Insane asylums in Bengal annual reports 1867-1875 - 1867-1875
Year: 1867
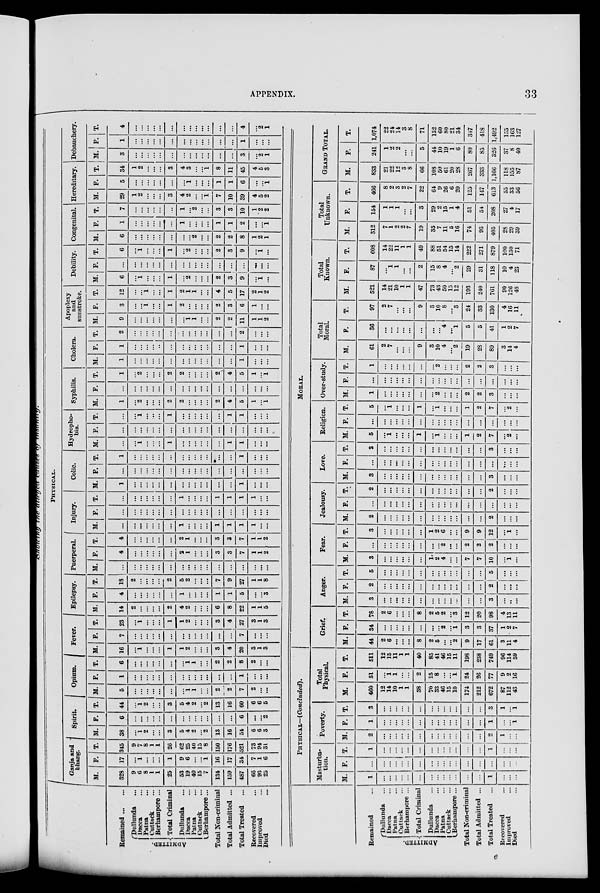
APPENDIX.
33
Showing the alleged
cause of
insanity.
Remained ... ...
ADMITTED.
Dullunda ...
Dacca ...
Patna ...
Cuttack ...
Berhampore ...
Total Criminal
Dullunda ...
Dacca ...
Patna ...
Cuttack ...
Berhampore ...
Total Non-criminal
Total Admitted ...
Total Treated ...
Recovered ...
Improved ...
Died ...
PHYSICAL.
Ganja and
bhang.
M.
328
9
6
8
1
1
25
53
19
40
15
7
134
159
487
66
93
25
F.
17
...
1
...
...
...
1
9
6
...
...
1
16
17
34
7
1
6
T.
345
9
7
8
1
1
26
62
25
40
15
8
150
176
521
73
94
31
Spirit.
M.
38
...
1 2
...
...
3
5
4
2
...
2
13
16
54
6
6
3
F.
6
...
...
...
...
...
...
...
...
...
...
...
...
...
6
...
...
2
T.
44
...
1 2
...
...
3
5
4
2
...
2
13
16
60
6
6
5
Opium.
M.
5
...
...
...
...
...
...
...
1 1
...
...
2
2
7
2
...
...
F.
1
...
...
...
...
...
...
...
...
...
...
...
...
...
1
...
...
...
T.
6
...
...
...
...
...
...
...
1
1
...
...
2
2
8
2
...
...
Fever.
M.
16
...
1
...
...
...
1
1
2
...
...
...
3
4
20
3
1
3
F.
7
...
...
...
...
...
...
...
...
...
...
...
...
...
7
...
...
...
T.
23
...
1
...
...
...
1
1
2
...
...
...
3
4
27
3
1
3
Epilepsy.
M.
14
2
...
...
...
...
2
4
2
...
...
...
6
8
22
1
1
5
F.
4
...
...
...
...
...
...
1
...
...
...
...
1
1
5
...
...
3
T.
18
2
...
...
...
...
2
5
2
...
...
...
7
9
27
1
1
8
Puerperal.
M.
...
...
...
...
...
...
...
...
...
...
...
...
...
...
...
...
...
...
F.
4
...
...
...
...
...
...
2
1
...
...
...
3
3
7
1
1
2
T.
4
...
...
...
...
...
...
2
1
...
...
...
3
3
7
1
1
2
Injury.
M.
...
...
...
...
...
...
...
1
...
...
...
...
1
1
1
1
...
...
F.
...
...
...
...
...
...
...
...
...
...
...
...
...
...
...
...
...
...
T.
...
...
...
...
...
...
...
1
...
...
...
...
1
1
1
1
...
...
Colic.
M.
1
...
...
...
...
...
...
...
...
...
...
...
...
...
1
...
...
...
F.
...
...
...
...
...
...
...
...
...
...
...
...
...
...
...
...
...
...
T.
1
...
...
...
...
...
...
...
...
...
...
...
...
...
1
...
...
...
Hydropho-
bia.
M.
...
...
1
...
...
...
1
...
...
...
...
...
...
1
1
...
...
...
F.
...
...
...
...
...
...
...
...
...
...
...
...
...
...
...
...
...
...
T.
...
...
1
...
...
...
1
...
...
...
...
...
...
1
1
...
...
...
Syphilis.
M.
1
...
2
...
...
...
2
2
...
...
...
...
2
4
5
1
...
1
F.
...
...
...
...
...
...
...
...
...
...
...
...
...
...
...
...
...
...
T.
1
...
2
...
...
...
2
2
...
...
...
...
2
4
5
1
...
1
Cholera.
M.
1
...
...
...
...
...
...
...
...
...
...
...
...
...
1
...
...
...
F.
1
...
...
...
...
...
...
...
...
...
...
...
...
...
1
...
...
...
T.
2
...
...
...
...
...
...
...
...
...
...
...
...
...
2
...
...
...
Apoplexy
and
sunstroke.
M.
9
...
...
...
...
...
...
...
1 1
...
...
2
2
11
1
1
2
F.
3
...
...
1
...
...
1
2
...
...
...
...
2
3
6
1
...
...
T.
12
...
...
1
...
...
1
2
1
1
...
...
4
5
17
2
1
2
Debility.
M.
6
...
1
...
...
...
1
...
2
...
...
...
2
3
9
...
1
...
F.
...
...
...
...
...
...
...
...
...
...
...
...
...
...
...
...
...
...
T.
6
...
1
...
...
...
1
...
2
...
...
...
2
3
9
...
1
...
Congenital.
M.
6
...
...
...
...
...
...
...
...
2
...
...
2
2
8
1
2
1
F.
1
...
...
...
...
...
...
1
...
...
...
...
1
1
2
...
...
1
T.
7
...
...
...
...
...
...
1
...
2
...
...
3
3
10
1
2
2
Hereditary.
M.
29
1
2
...
...
...
3
4
2
...
...
1
7
10
39
4
5
2
F.
5
...
...
...
...
...
...
...
1
...
...
...
1
1
6
...
...
1
T.
34
1
2
...
...
...
3
4
3
...
...
1
8
11
45
4
5
3
Debauchery.
M.
3
...
...
...
...
...
...
...
...
...
...
...
...
...
3
...
2
1
F.
1
...
...
...
...
...
...
...
...
...
...
...
...
...
1
...
...
...
T.
4
...
...
...
...
...
...
...
...
...
...
...
...
...
4
2
1
Remained ...
ADMITTED.
Dullunda ...
Dacca ...
Patna ...
Cuttack ...
Berhampore ...
Total Criminal
Dullunda ...
Dacca ...
Patna ...
Cuttack ...
Berhampore...
Total Non-criminal
Total Admitted ...
Total Treated ...
Recovered ...
Improved ...
Died ...
PHYSICAL—(Concluded).
Masturba-
tion.
M.
1
...
...
...
...
...
...
...
...
...
...
...
...
...
1
...
...
...
F.
...
...
...
...
...
...
...
...
...
...
...
...
...
...
...
...
...
...
T.
1
...
...
...
...
...
...
...
...
...
...
...
...
...
1
...
...
...
Poverty.
M.
2
...
...
...
...
...
...
...
...
...
...
...
...
...
2
1
...
...
F.
1
...
...
...
...
...
...
...
...
...
...
...
...
...
1
...
...
1
T.
3
...
...
...
...
...
...
...
...
...
...
...
...
...
3
1
...
1
Total
Physical.
M.
460
12
14
10
1
1
38
70
33
46
15
10
174
212
672
87
112
43
F.
51
...
1
1
...
...
2
15
8
...
...
1
24
26
77
9
2
16
T.
511
12
15
11
1
1
40
85
41
46
15
11
198
238
749
96
114
59
MORAL.
Grief.
M.
44
2
6
...
...
...
8
2
5
...
...
2
9
17
61
3
11
4
F.
34
...
...
...
...
...
...
...
...
2
...
1
3
3
37
1
2
7
T.
78
2
6
...
...
...
8
2
5
2
...
3
12
20
98
4
13
11
Anger.
M.
3
...
...
...
...
...
...
...
...
...
...
...
...
...
3
...
...
...
F.
2
...
...
...
...
...
...
...
...
...
...
...
...
...
2
...
...
...
T.
5
...
...
...
...
...
...
...
...
...
...
...
...
5
...
...
...
Fear.
M.
3
...
...
...
...
...
...
1.
2
4
...
...
7
7
10
...
1
...
F.
...
...
...
...
...
...
...
...
...
2
...
...
2
2
2
...
...
...
T.
3
...
...
...
...
...
...
1
2
6
...
...
9
9
12
...
1
...
Jealousy.
M.
2
...
...
...
...
...
...
...
...
...
...
...
...
...
2
...
...
...
F.
...
...
...
...
...
...
...
...
...
...
...
...
...
...
...
...
...
...
T.
2
...
...
...
...
...
...
...
...
...
...
...
...
...
2
...
...
...
Love.
M.
3
...
...
...
...
...
...
...
...
...
...
...
...
...
3
...
...
...
F.
...
...
...
...
...
...
...
...
...
...
...
...
...
...
...
...
...
...
T.
3
...
...
...
...
...
...
...
...
...
...
...
...
...
3
...
...
...
Religion.
M.
5
...
1
...
...
...
1
...
1
...
...
...
1
2
7
...
2
...
F.
...
...
...
...
...
...
...
...
...
...
...
...
...
...
...
...
...
...
T.
5
...
1
...
...
...
1
...
1
...
...
...
1
2
7
...
2
...
Over-study.
M.
1
...
...
...
...
...
...
...
2
...
...
...
2
2
3
...
...
...
F.
...
...
...
...
...
...
...
...
...
...
...
...
...
...
...
...
...
...
T.
1
...
...
...
...
...
...
...
2
...
...
...
2
2
3
...
...
...
Total
Moral.
M.
61
2
7
...
...
...
9
3
10
4
...
2
19
28
89
3
14
4
F.
36
...
...
...
...
...
...
...
...
4
...
1
5
5
41
1
2
7
T.
97
2
7
...
...
...
9
3
10
8
...
3
24
33
130
4
16
11
Total
Known.
M.
521
14
21
10
1
1
47
73
43
50
15
12
193
240
761
90
126
48
F.
87
...
1
1
...
...
2
15
8
4
...
2
29
31
118
10
4
23
T.
608
14
22
11
1
1
49
88
51
54
15
14
222
271
879
100
130
71
Total
Unknown.
M.
312
7
1
2
2
7
19
35
7
11
5
16
74
93
405
28
29
39
F.
154
1
1
1
...
...
3
29
2
15
1
4
51
54
208
27
4
17
T.
466
8
2
3
2
7
22
64
9
26
6
20
125
147
613
55
33
56
GRAND TOTAL.
M.
833
21
22
12
3
8
66
108
50
61
20
28
267
333
1,166
118
155
87
F.
241
1
2
2
...
...
5
44
10
19
1
6
80
85
326
37
8
40
T.
1,074
22
24
14
3
8
71
152
60
80
21
34
347
418
1,492
155
163
127
e